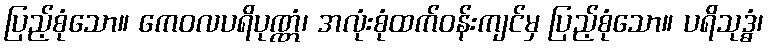
ပြည့်စုံသော။ ကေဝလပရိပုဏ္ဏံ၊ အလုံးစုံထက်ဝန်းကျင်မှ ပြည့်စုံသော။ ပရိသုဒ္ဓံ၊